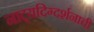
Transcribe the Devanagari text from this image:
नाट्यदिग्दर्शनाची